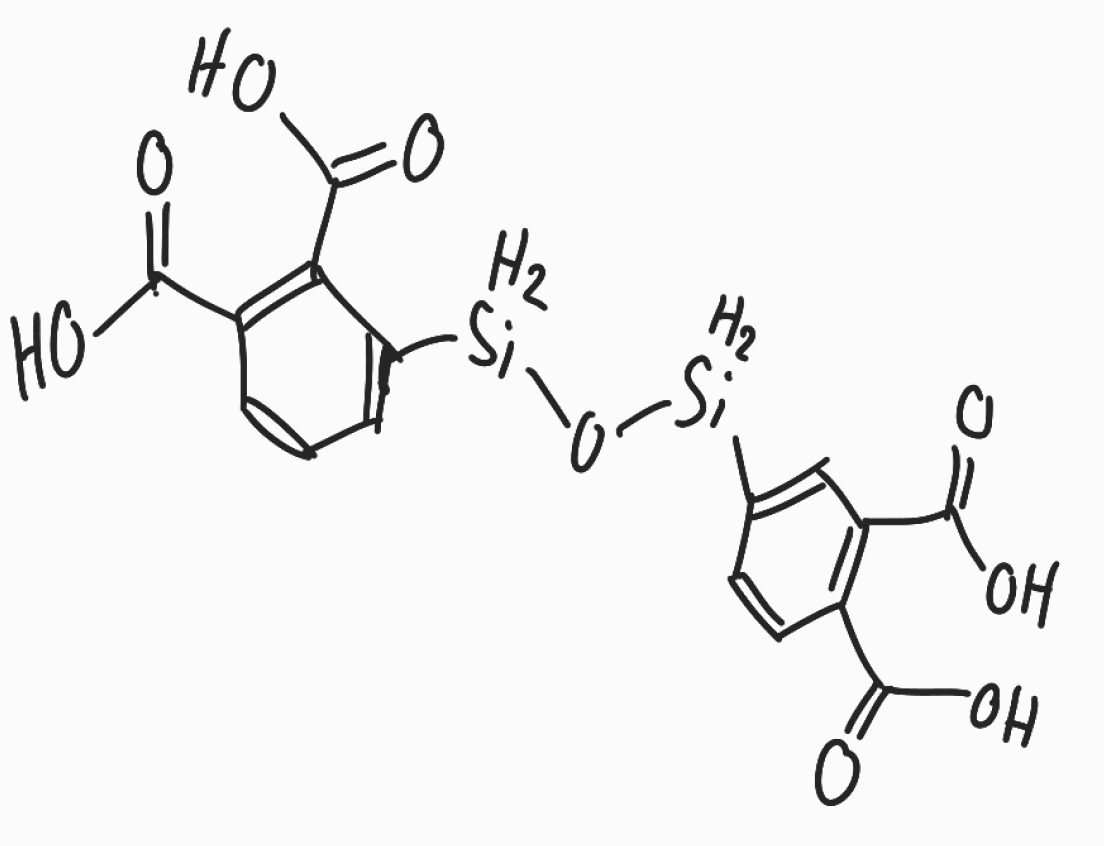
Simplified molecular-input line-entry system (SMILES) notation of the given molecule:
C1=CC(=C(C(=C1)[SiH2]O[SiH2]C2=CC(=C(C=C2)C(=O)O)C(=O)O)C(=O)O)C(=O)O